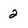
Character: 2